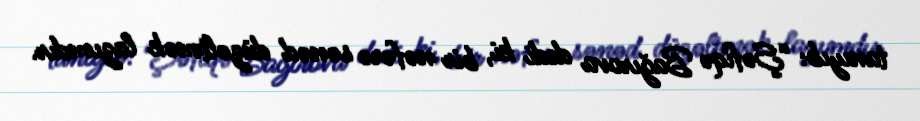
tanıyıb: “Şəfiqə Bağırova dedi ki, bir nəfərə sənəd düzəltmək lazımdır.